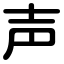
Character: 声